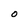
Character: O